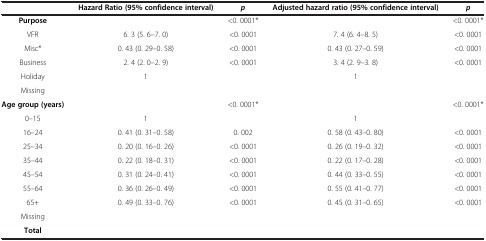
|  | Hazard Ratio (95% confidence interval) | p | Adjusted hazard ratio (95% confidence interval) | p |
 | --- | --- | --- | --- | --- |
 | Purpose |  | <0. 0001* |  | <0. 0001* |
 | VFR | 6. 3 (5. 6–7. 0) | <0. 0001 | 7. 4 (6. 4–8. 5) | <0. 0001 |
 | Misc* | 0. 43 (0. 29–0. 58) | <0. 0001 | 0. 43 (0. 27–0. 59) | <0. 0001 |
 | Business | 2. 4 (2. 0–2. 9) | <0. 0001 | 3. 4 (2. 9–3. 8) | <0. 0001 |
 | Holiday | 1 |  | 1 |  |
 | Missing |  |  |  |  |
 | Age group (years) |  | <0. 0001* |  | <0. 0001* |
 | 0–15 | 1 |  | 1 |  |
 | 16–24 | 0. 41 (0. 31–0. 58) | 0. 002 | 0. 58 (0. 43–0. 80) | <0. 0001 |
 | 25–34 | 0. 20 (0. 16–0. 26) | <0. 0001 | 0. 26 (0. 19–0. 32) | <0. 0001 |
 | 35–44 | 0. 22 (0. 18–0. 31) | <0. 0001 | 0. 22 (0. 17–0. 28) | <0. 0001 |
 | 45–54 | 0. 31 (0. 24–0. 41) | <0. 0001 | 0. 44 (0. 33–0. 55) | <0. 0001 |
 | 55–64 | 0. 36 (0. 26–0. 49) | <0. 0001 | 0. 55 (0. 41–0. 77) | <0. 0001 |
 | 65+ | 0. 49 (0. 33–0. 76) | <0. 0001 | 0. 45 (0. 31–0. 65) | <0. 0001 |
 | Missing |  |  |  |  |
 | Total |  |  |  |  |